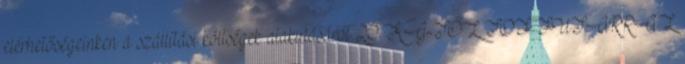
elérhetőségeinken a szállítási költségek alakulásáról 20 KG-TŐL TOF FUTÁRRAL